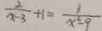
\frac { 2 } { x - 3 } + 1 = \frac { 3 } { x ^ { 2 } - 9 }